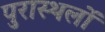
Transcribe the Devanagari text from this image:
पुरास्थलों